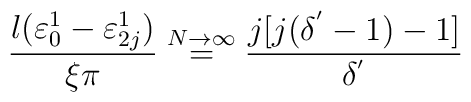
\frac{l(\varepsilon_{0}^{1}-\varepsilon_{2j}^{1})}{\xi\pi}\stackrel{N\rightarrow\infty}{=}\frac{j[j(\delta^{'}-1)-1]}{\delta^{'}}